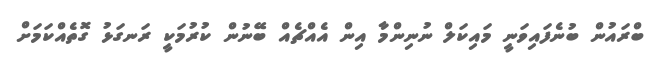
ބްރައުން ބުނެފައިވަނީ މައިކަލް ނުނިންމާ އިން އެއްޗެއް ބޭނުން ކުރުމަކީ ރަނގަޅު ގޮތެއްކަމަށް